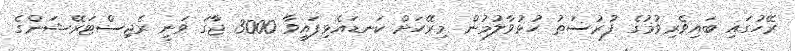
ރޭހުގައި ބައިވެރިވުމުގެ ފުރުސަތު ހުޅުވާލުމުން މިރޭހަށް ކަނޑައެޅިފައިވާ 3000 ޖާގަ ވަނީ ރެޖިސްޓަރޭޝަންގެ